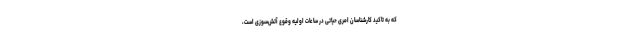
که به تاکید کارشناسان امری حیاتی در ساعات اولیه وقوع آتش‌سوزی است،